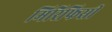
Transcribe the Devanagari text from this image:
मिरिफिसी